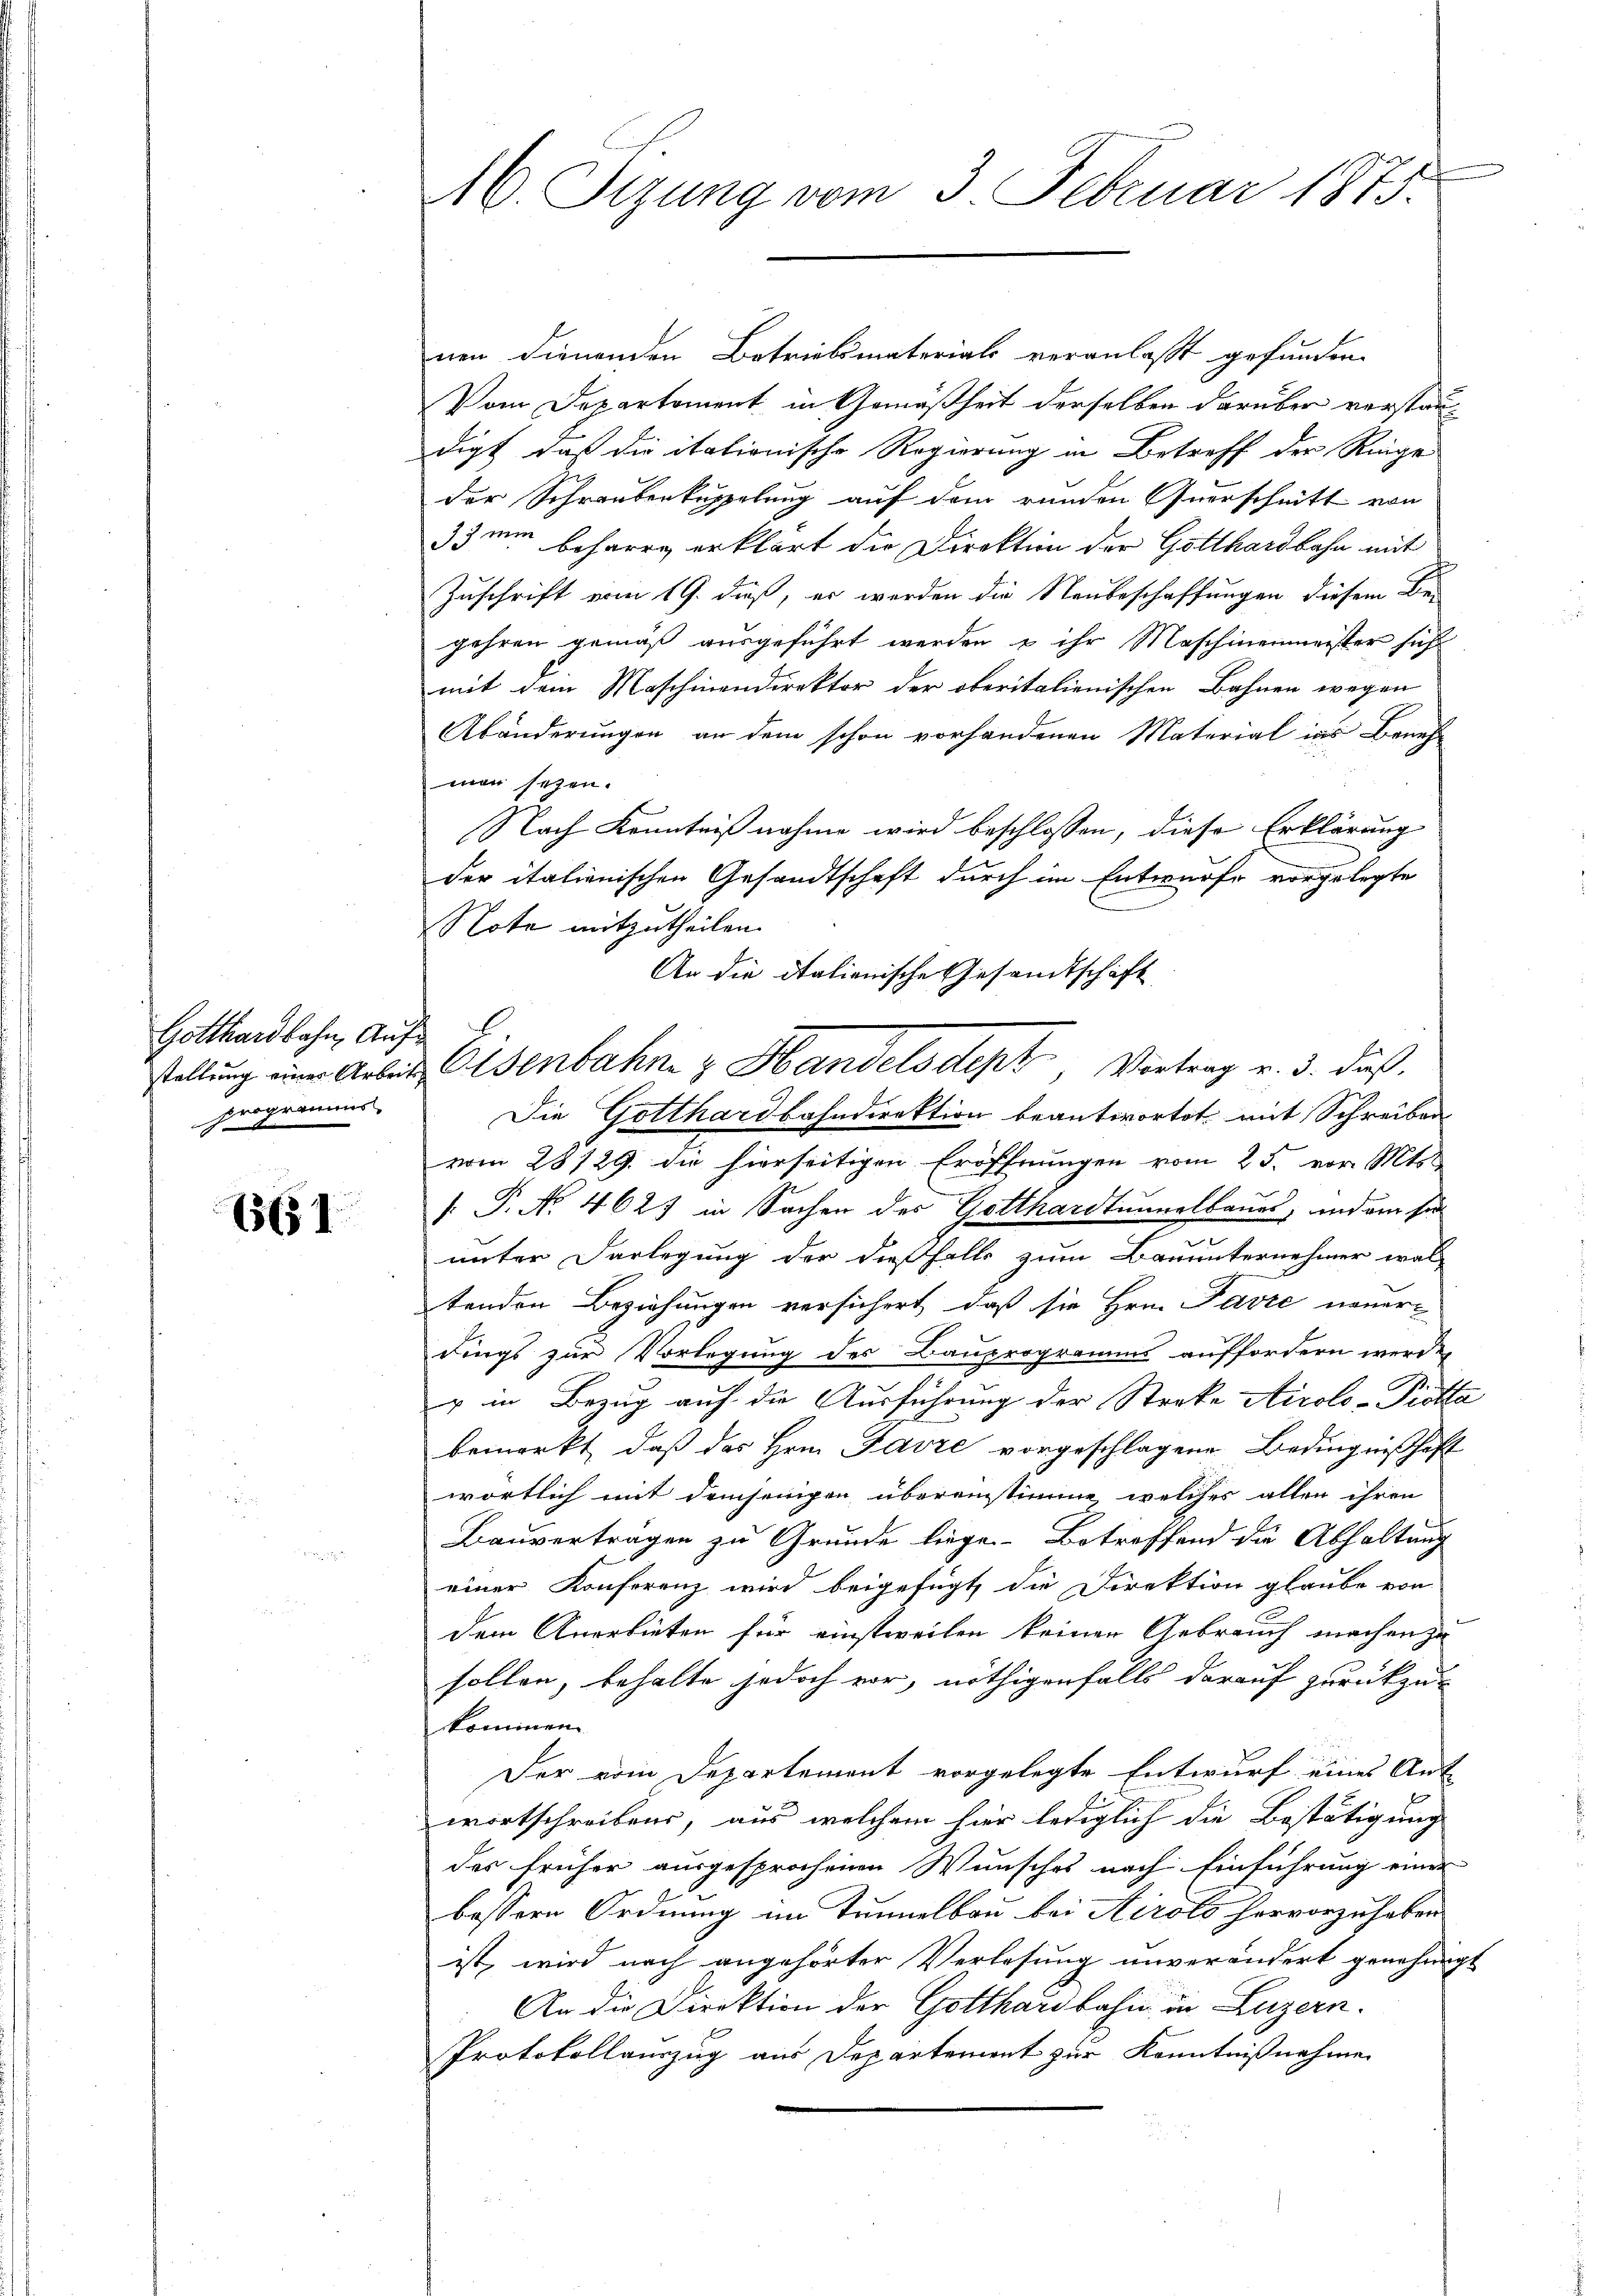
Gotthardbahn, Aufprogramms
2

1651

16. Sizung vom 3. Februar 1875.

nen dienenden Betriebmaterials veranlasst gefunden.
Vom Departement in Gemäßheit derselben darüber verstaudigt, daß die itationische Regierung in Betreff der Ringe
der Schraubenkuppelung auf dem runden Querschnitt von
33 min beharre erklärt die Direktion der Gotthardbahn mit
Zuschrift vom 19. dieß, es werden die Neubeschaffungen diesem Be-
gehren gemäß ausgeführt werden u ihr Maschinenmeister sich
mit dem Maschinendirektor der oberitalienischen Bahnen wegen
Abänderungen an dem schon vorhandenen Material ins Beneh
man sehen.
Nach Kenntniß nahme wird beschlossen, diese Erklärung
der italienischen Gesandtschaft durch im Entwurfe vorgelegte
Note mitzutheilen.
An die Italienische Gesandtschaft
stellung einer Arbei Eisenbahn z. Handelsdept, Vortrag v. 3. daß
Die Gotthardbahndirektion beantwortet mit Schreiben
vom 28/29. die hierseitigen Eröffnungen vom 25. vor. Mts.
[ P. No. 4627 in Sachen der Gotthardtunnelbaues, indem sie
e
unter Darlegung der dießhalb zum Bauunternehmer wal-
tenden Beziehungen versichert, daß sie Hrn. Pavte neuer-
dings zur Vorlegung des Bauprogramms auffordern werde,
x in Bezug auf die Ausführung der Streke Airolo-Piotta
bemerkt, daß das Hrn. Favre vorgeschlagene Bedingnißschaft
wortlich mit demjenigen übereinstimme, welches allen ihren
Bauvertragen zu Grunde liege. Betreffend die Abhaltung
einer Konferenz wird beigefügt, die Direktion glaube von
dem Anerbieten für einstweilen keinen Gebrauch machen zu
sollen, behalte jedoch vor, nöthigenfalls darauf zurückzu-
kommen.
Der vom Departement vorgelegte Entwurf eines Ant
wortschreibens, aus welchem hier lediglich die Bestätigung
des früher ausgesprochenen Wunsches nach Einführung einer
bessern Ordnung im Tunnelbau bei Airols hervorzuheben
ist, wird nach angehörter Verlesung unverändert genehmigt
An die Direktion der Gotthardbahn in Luzern.
Protokollauszug aus Departement zur Kenntnißnahme